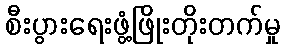
စီးပွားရေးဖွံ့ဖြိုးတိုးတက်မှု